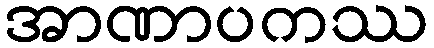
အာဏာပကဿ